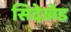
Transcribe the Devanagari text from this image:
सिदेखेड